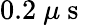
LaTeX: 0.2~\mu\mathrm{~s~}